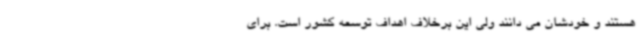
هستند و خودشان می دانند ولی این برخلاف اهداف توسعه کشور است. برای